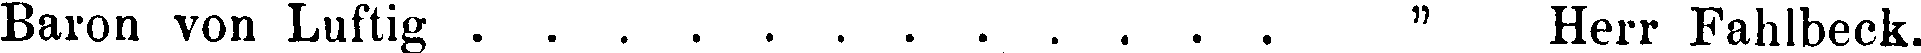
Baron von Luftig " Herr Fahlbeck.